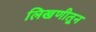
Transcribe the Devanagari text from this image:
लिखणीतून